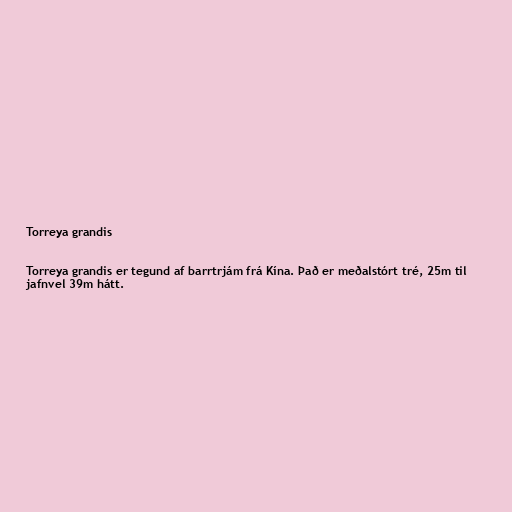
Torreya grandis

Torreya grandis er tegund af barrtrjám frá Kína. Það er meðalstórt tré, 25m til
jafnvel 39m hátt.